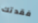
فقدتك